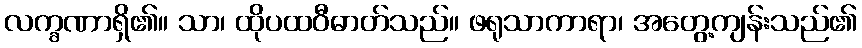
လက္ခဏာရှိ၏။ သာ၊ ထိုပထဝီဓာတ်သည်။ ဖရုသာကာရာ၊ အတွေ့ကျန်းသည်၏